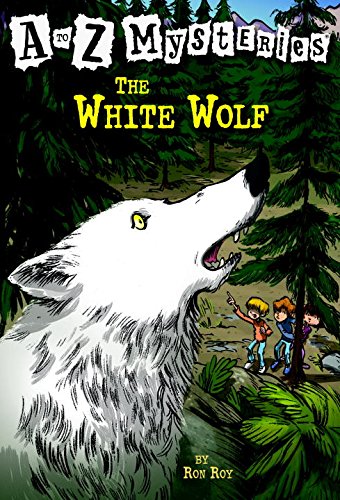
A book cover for The White Wolf (A to Z Mysteries - A Stepping Stone Book(TM)); Ron Roy; Children's Books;